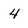
Character: 4